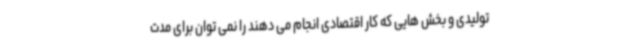
تولیدی و بخش هایی که کار اقتصادی انجام می دهند را نمی توان برای مدت